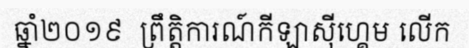
ឆ្នាំ២០១៩  ព្រឹត្តិការណ៍កីឡាស៊ីហ្គេម លើក